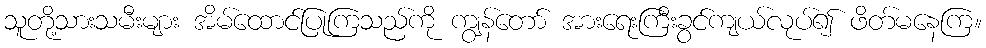
သူတို့သားသမီးများ အိမ်ထောင်ပြုကြသည်ကို ကျွန်တော် အားရေးကြီးခွင်ကျယ်လုပ်၍ ဖိတ်မနေကြ။